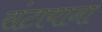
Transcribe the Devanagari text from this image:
संटायाना